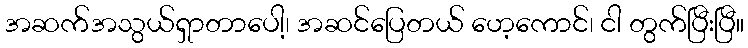
အဆက်အသွယ်ရှာတာပေါ့၊ အဆင်ပြေတယ် ဟေ့ကောင်၊ ငါ တွက်ပြီးပြီ။